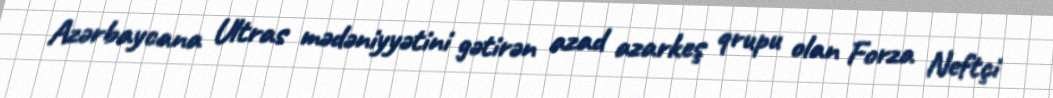
Azərbaycana Ultras mədəniyyətini gətirən azad azarkeş qrupu olan Forza Neftçi